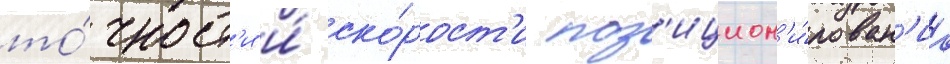
то́чност'и и́ ско́рост'и поз'ицион'и́рован'иа